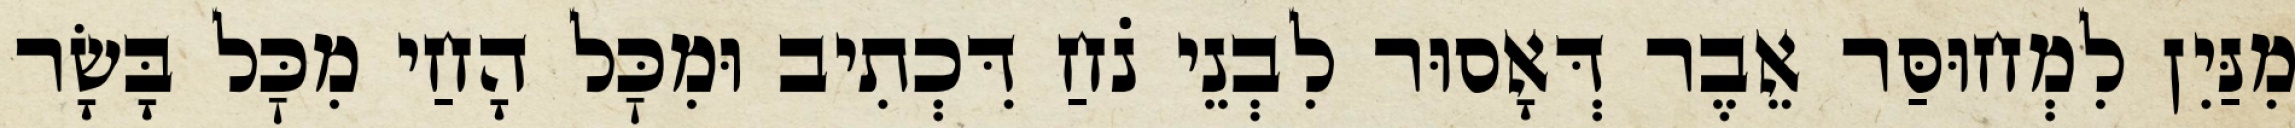
מִנַּיִן לִמְחוּסַּר אֵבֶר דְּאָסוּר לִבְנֵי נֹחַ דִּכְתִיב וּמִכׇּל הָחַי מִכׇּל בָּשָׂר